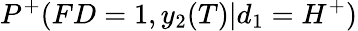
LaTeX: P^{+}(FD=1,y_{2}(T)|d_{1}=H^{+})